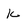
Character: K